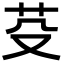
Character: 芟